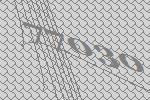
77030